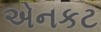
એનકટ